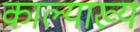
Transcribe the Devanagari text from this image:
काल्याख्य